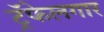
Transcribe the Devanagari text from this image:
ट्रॅफेलगार